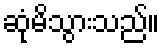
ဆုံမိသွားသည်။